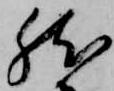
然